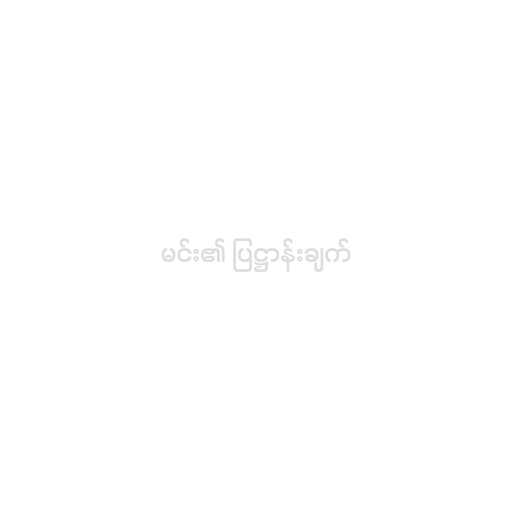
မင်း၏ ပြဋ္ဌာန်းချက်